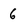
Character: 6